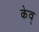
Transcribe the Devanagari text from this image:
केव्‌